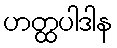
ဟတ္ထပါဒါန